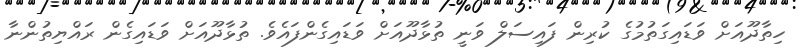
ހިތާދޫއަށް ވަޑައިގަތުމުގެ ކުރިން ފައިސަލް ވަނީ ތުޅާދޫއަށް ވަޑައިގެންފައެވެ. ތުޅާދޫއަށް ވަޑައިގެން ރައްޔިތުންނާ